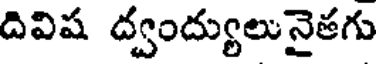
దివిష ద్వంద్యులునైతగు